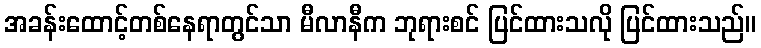
အခန်းထောင့်တစ်နေရာတွင်သာ မီလာနီက ဘုရားစင် ပြင်ထားသလို ပြင်ထားသည်။